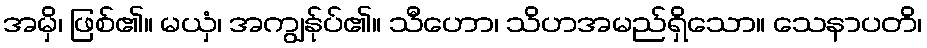
အမှိ၊ ဖြစ်၏။ မယှံ၊ အကျွန်ုပ်၏။ သီဟော၊ သိဟအမည်ရှိသော။ သေနာပတိ၊